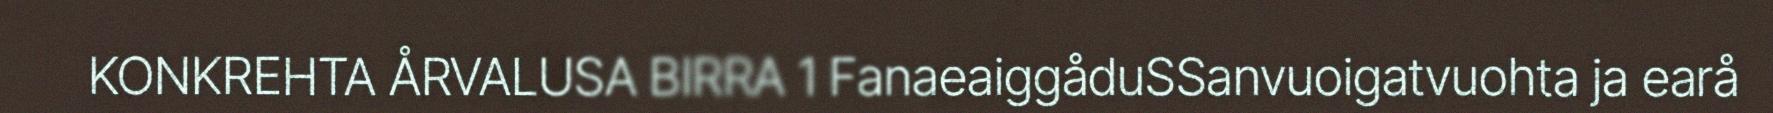
KONKREHTA ÅRVALUSA BIRRA 1 FanaeaiggåduSSanvuoigatvuohta ja earå